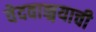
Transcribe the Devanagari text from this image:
वेदवाङ्मयाची